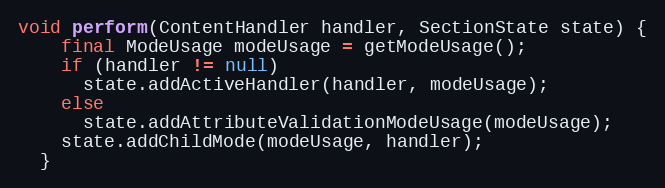
Language: Java
void perform(ContentHandler handler, SectionState state) {
    final ModeUsage modeUsage = getModeUsage();
    if (handler != null)
      state.addActiveHandler(handler, modeUsage);
    else
      state.addAttributeValidationModeUsage(modeUsage);
    state.addChildMode(modeUsage, handler);
  }